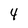
Character: 4